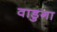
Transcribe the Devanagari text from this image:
वाडुगा